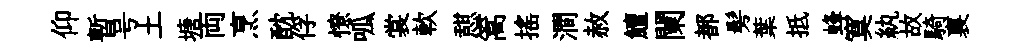
仰暫号土塘両烹酖俘憭呱裳軟憇篙搖澗赦鱣闌都髣葉抵蜂寞紈故騎裏